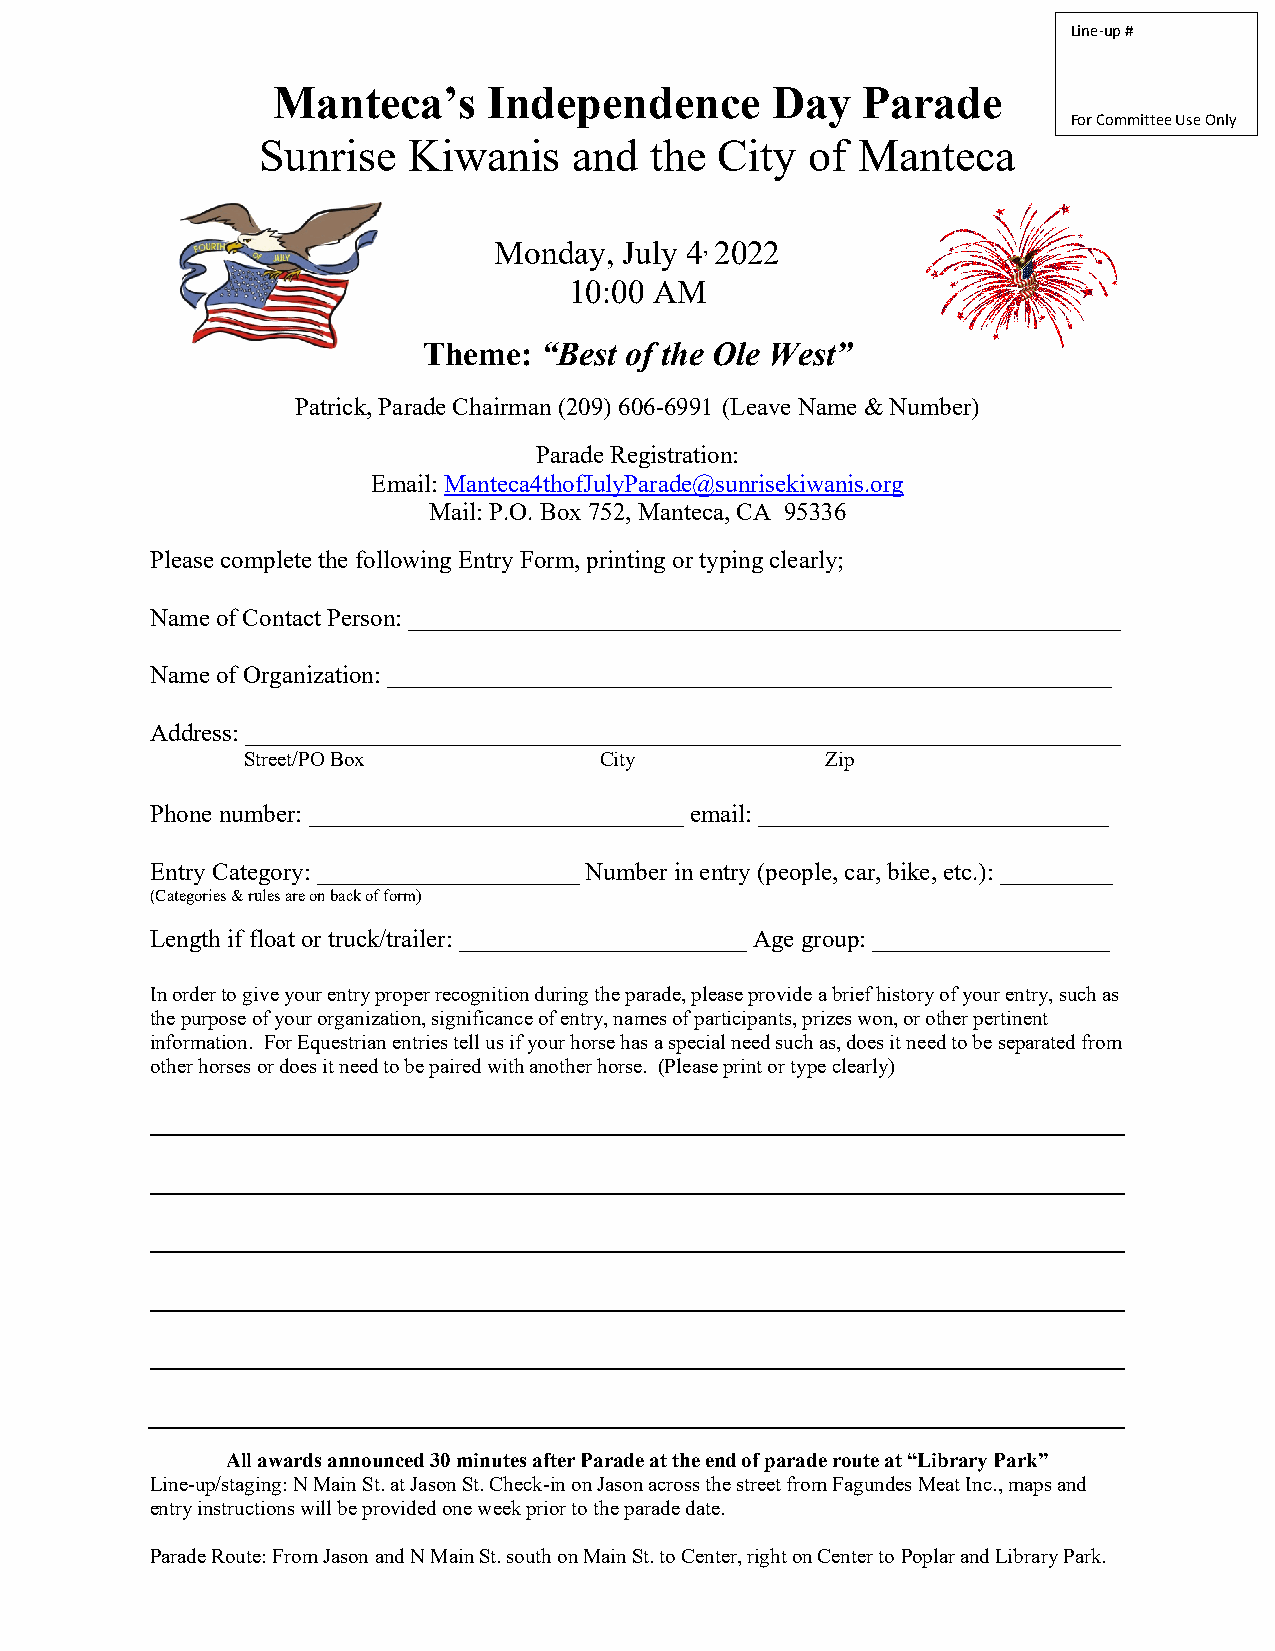
Line-up #
 Manteca’s     Independence       Day   Parade
 For Committee Use Only
 Sunrise   Kiwanis    and  the  City  of Manteca
 Monday, July 4, 2022
 10:00 AM
 Theme:  “Best of the Ole West”
 Patrick, Parade Chairman (209) 606-6991 (Leave Name & Number)
 Parade Registration:
 Email: Manteca4thofJulyParade@sunrisekiwanis.org
 Mail: P.O. Box 752, Manteca, CA 95336
 Please complete the following Entry Form, printing or typing clearly;
 Name of Contact Person: _________________________________________________________
 Name of Organization: __________________________________________________________
 Address: ______________________________________________________________________
 Street/PO Box           City           Zip
 Phone number: ______________________________ email: ____________________________
 Entry Category: _____________________ Number in entry (people, car, bike, etc.): _________
 (Categories & rules are on back of form)
 Length if float or truck/trailer: _______________________ Age group: ___________________
 In order to give your entry proper recognition during the parade, please provide a brief history of your entry, such as
 the purpose of your organization, significance of entry, names of participants, prizes won, or other pertinent
 information. For Equestrian entries tell us if your horse has a special need such as, does it need to be separated from
 other horses or does it need to be paired with another horse. (Please print or type clearly)
 All awards announced 30 minutes after Parade at the end of parade route at “Library Park”
 Line-up/staging: N Main St. at Jason St. Check-in on Jason across the street from Fagundes Meat Inc., maps and
 entry instructions will be provided one week prior to the parade date.
 Parade Route: From Jason and N Main St. south on Main St. to Center, right on Center to Poplar and Library Park.